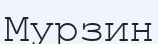
Мурзин